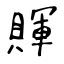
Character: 賱